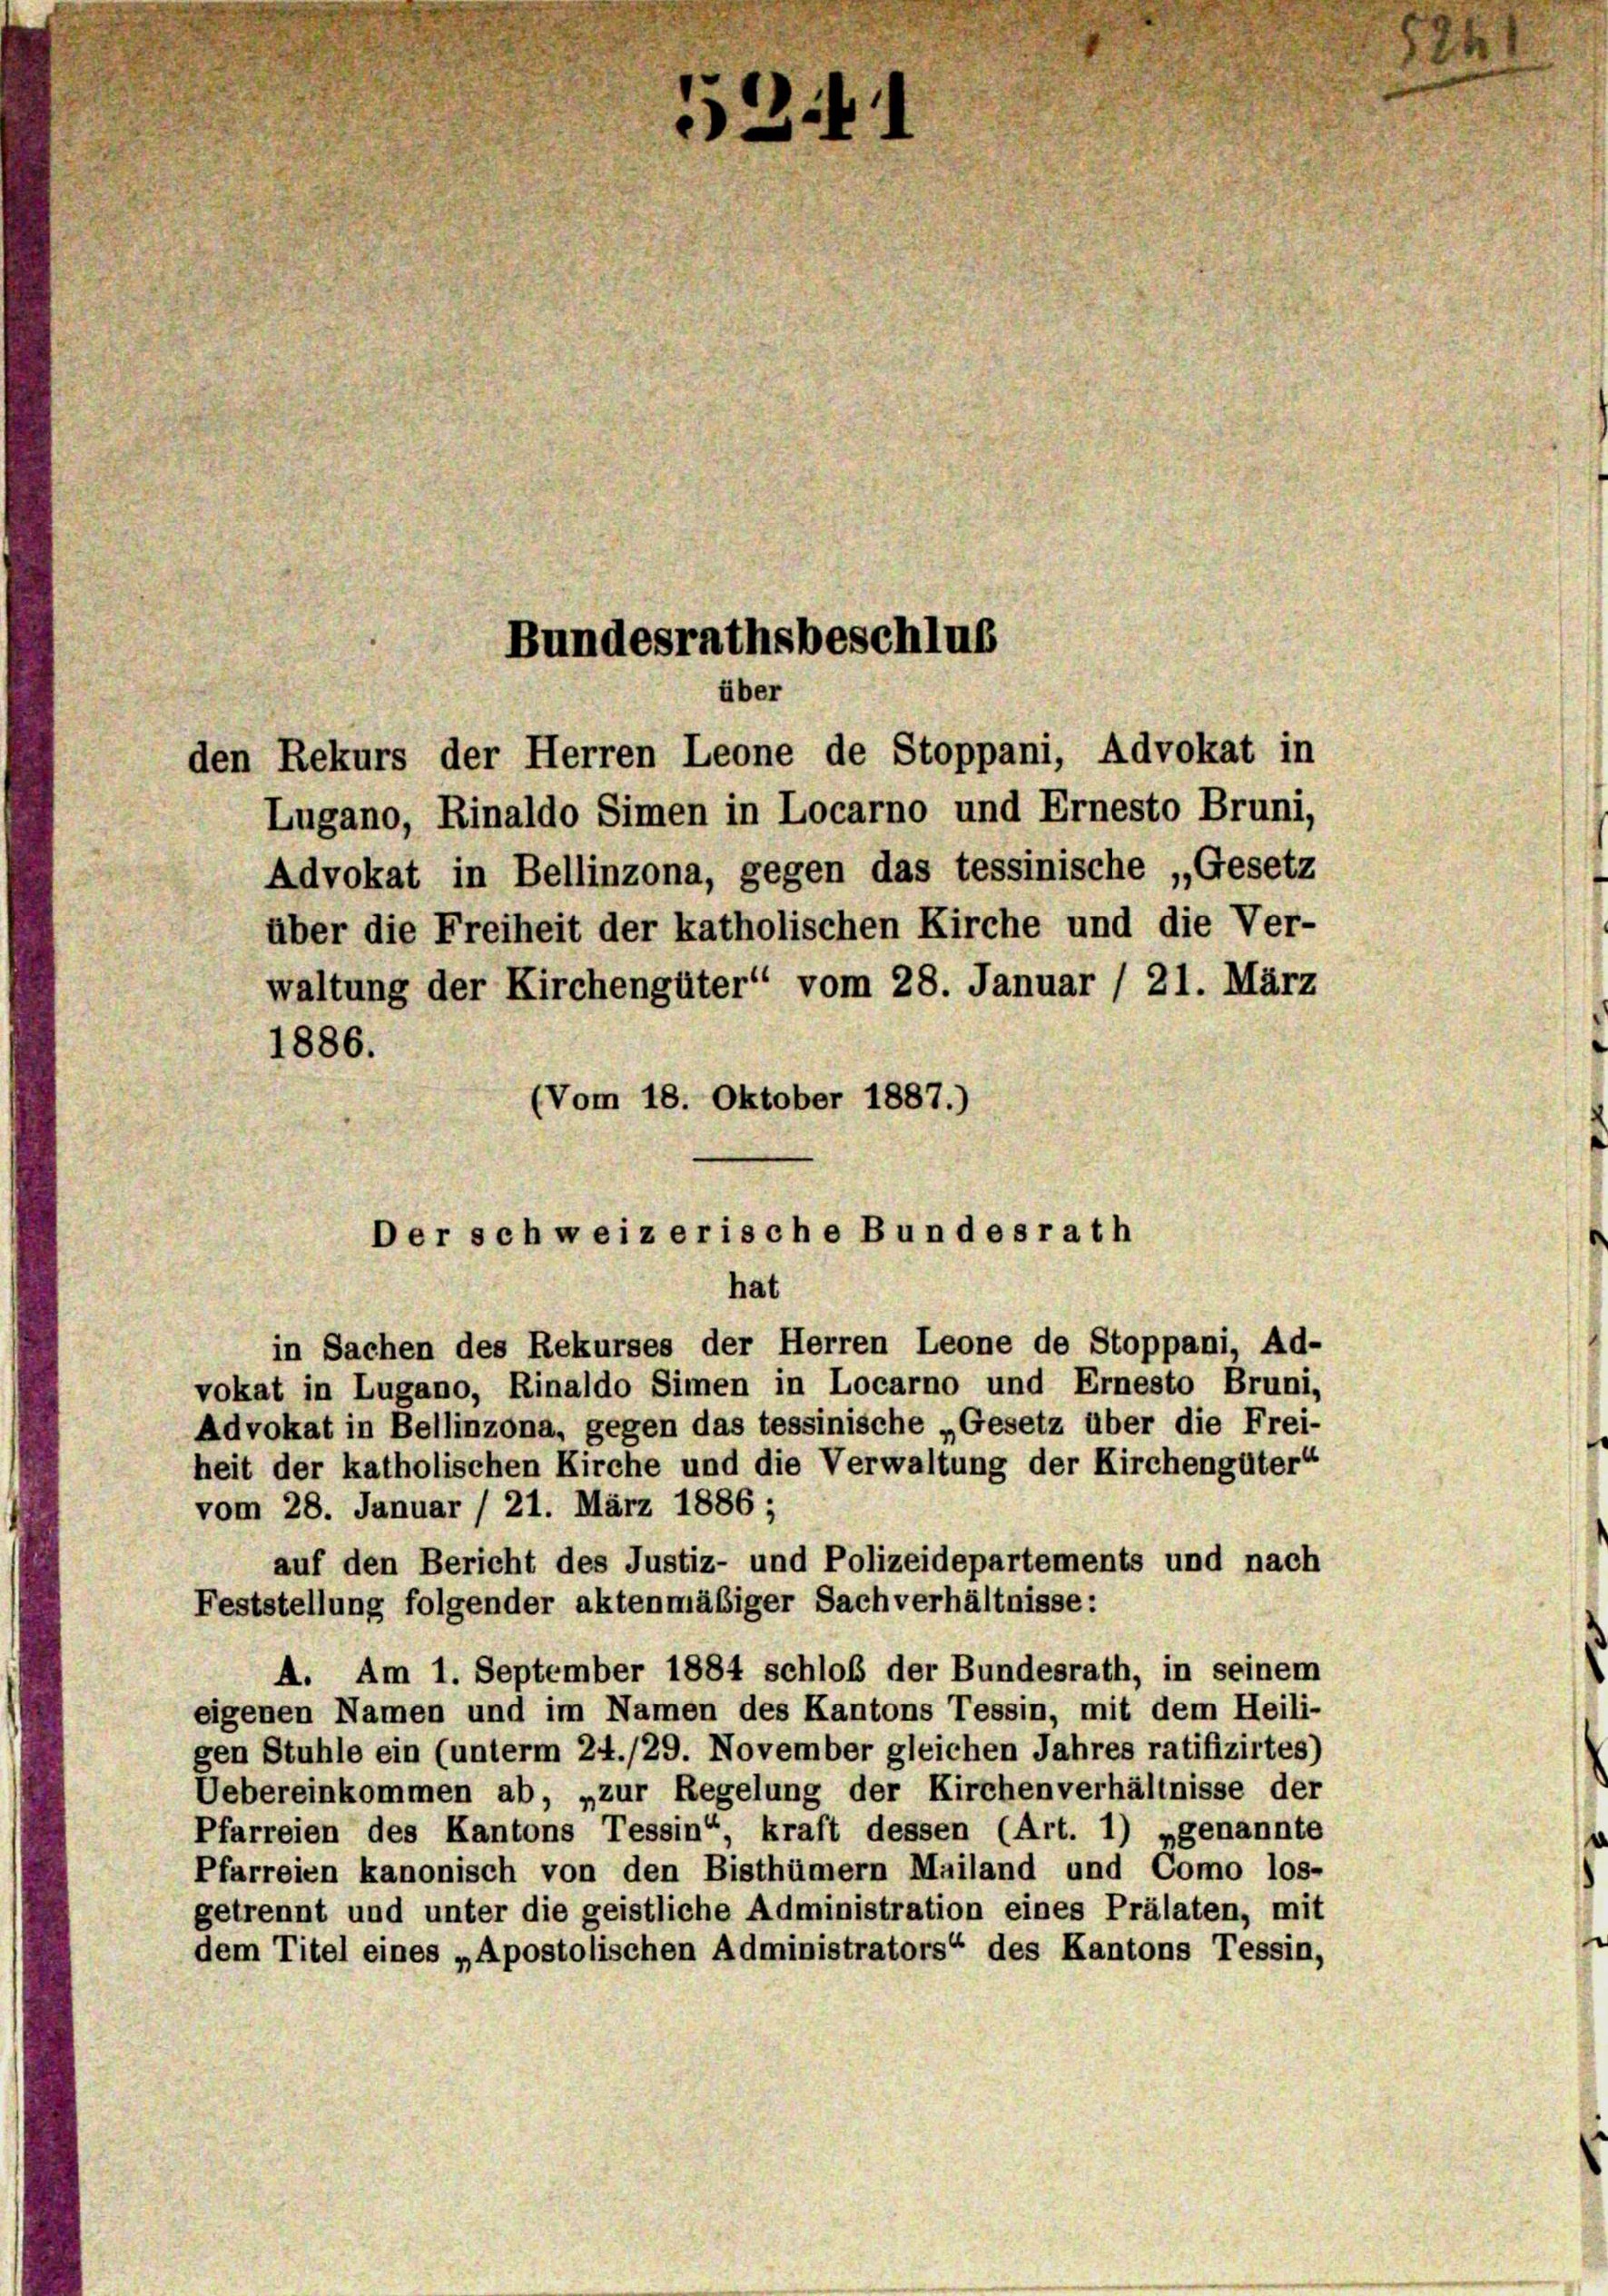
Bundesrathsbeschlus
über
den Rekurs der Herren Leone de Stoppani, Advokat in

4

waltung der Kirchengüter“ vom 28. Januar / 21. März
1886.
(Vom 18. Oktober 1887.)

Lugano, Rinaldo Simen in Locarno und Ernesto Bruni,
Advokat in Bellinzona, gegen das tessinische „Gesetz
über die Freiheit der katholischen Kirche und die Ver-

Der schweizerische Bundesrath
hat

in Sachen des Rekurses der Herren Leone de Stoppani, Ad-
vokat in Lugano, Rinaldo Simen in Locarno und Ernesto Bruni,
Advokat in Bellinzona, gegen das tessinische „Gesetz über die Frei-
heit der katholischen Kirche und die Verwaltung der Kirchengüter“
vom 28. Januar / 21. März 1886 ;
auf den Bericht des Justiz- und Polizeidepartements und nach
Feststellung folgender aktenmäßiger Sachverhältnisse:
A. Am 1. September 1884 schloß der Bundesrath, in seinem
eigenen Namen und im Namen des Kantons Tessin, mit dem Heili-
gen Stuhle ein (unterm 24./29. November gleichen Jahres ratifizirtes)
Uebereinkommen ab, „zur Regelung der Kirchenverhältnisse der
Pfarreien des Kantons Tessin“, kraft dessen (Art. 1) „genannte
Pfarreien kanonisch von den Bisthümern Mailand und Como los-
getrennt und unter die geistliche Administration eines Prälaten, mit
dem Titel eines „Apostolischen Administrators“ des Kantons Tessin,